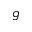
g